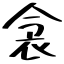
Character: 衾